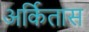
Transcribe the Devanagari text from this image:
अर्कितास